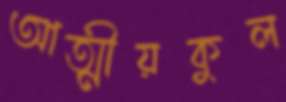
আত্মীয়কুল